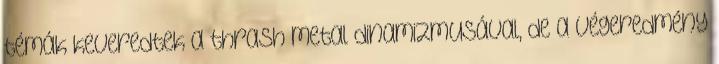
témák keveredtek a thrash metal dinamizmusával, de a végeredmény